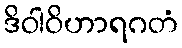
ဒိဝါဝိဟာရဂတံ